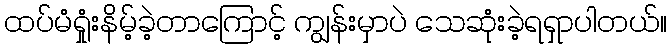
ထပ်မံရှုံးနိမ့်ခဲ့တာကြောင့် ကျွန်းမှာပဲ သေဆုံးခဲ့ရရှာပါတယ်။